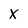
Character: X